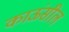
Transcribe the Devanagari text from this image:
काऊंसील